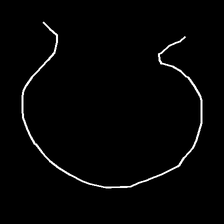
Glyph: weave